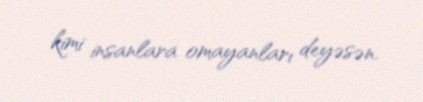
kimi insanlara omayanları deyəsən.